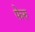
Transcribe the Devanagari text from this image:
फेरु